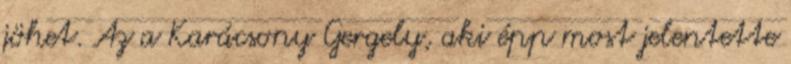
jöhet. Az a Karácsony Gergely, aki épp most jelentette